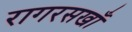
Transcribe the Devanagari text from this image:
रागरसखाँ